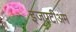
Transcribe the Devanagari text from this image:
इजपटीअम